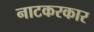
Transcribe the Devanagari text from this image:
नाटकरकार